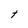
Character: t